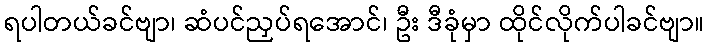
ရပါတယ်ခင်ဗျာ၊ ဆံပင်ညှပ်ရအောင်၊ ဦး ဒီခုံမှာ ထိုင်လိုက်ပါခင်ဗျာ။